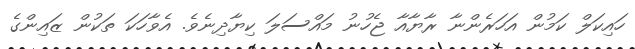
ހައިކަލް ކަމުން އަހަރެންނާ ރާޔާއާ ޖެހުނު މައްސަލަ ކިޔާދިނެވެ. އެވާހަަކަ ތަކުން ޒައިންގެ